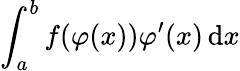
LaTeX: \int_{a}^{b}f(\varphi(x))\varphi^{\prime}(x)\, \mathrm{d}x